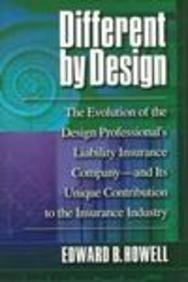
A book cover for Different by Design: The Evolution of the Design Professional's Liability Insurance Company -- and Its Unique Contribution to the Insurance Indust; Edward B. Howell; Business & Money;